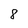
Character: 8